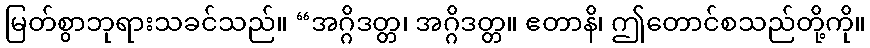
မြတ်စွာဘုရားသခင်သည်။ “အဂ္ဂိဒတ္တ၊ အဂ္ဂိဒတ္တ။ ဧတာနိ၊ ဤတောင်စသည်တို့ကို။